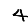
Digit: 4